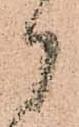
御